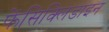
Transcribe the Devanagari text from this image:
फेंसिक्लिडाइन